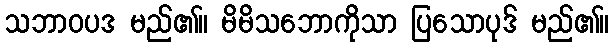
သဘာဝပဒ မည်၏။ မိမိသဘောကိုသာ ပြသောပုဒ် မည်၏။